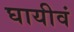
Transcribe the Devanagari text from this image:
घायीवं